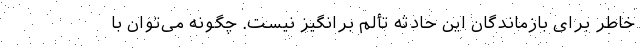
خاطر برای بازماندگان این حادثه تألم برانگیز نیست. چگونه می‌توان با